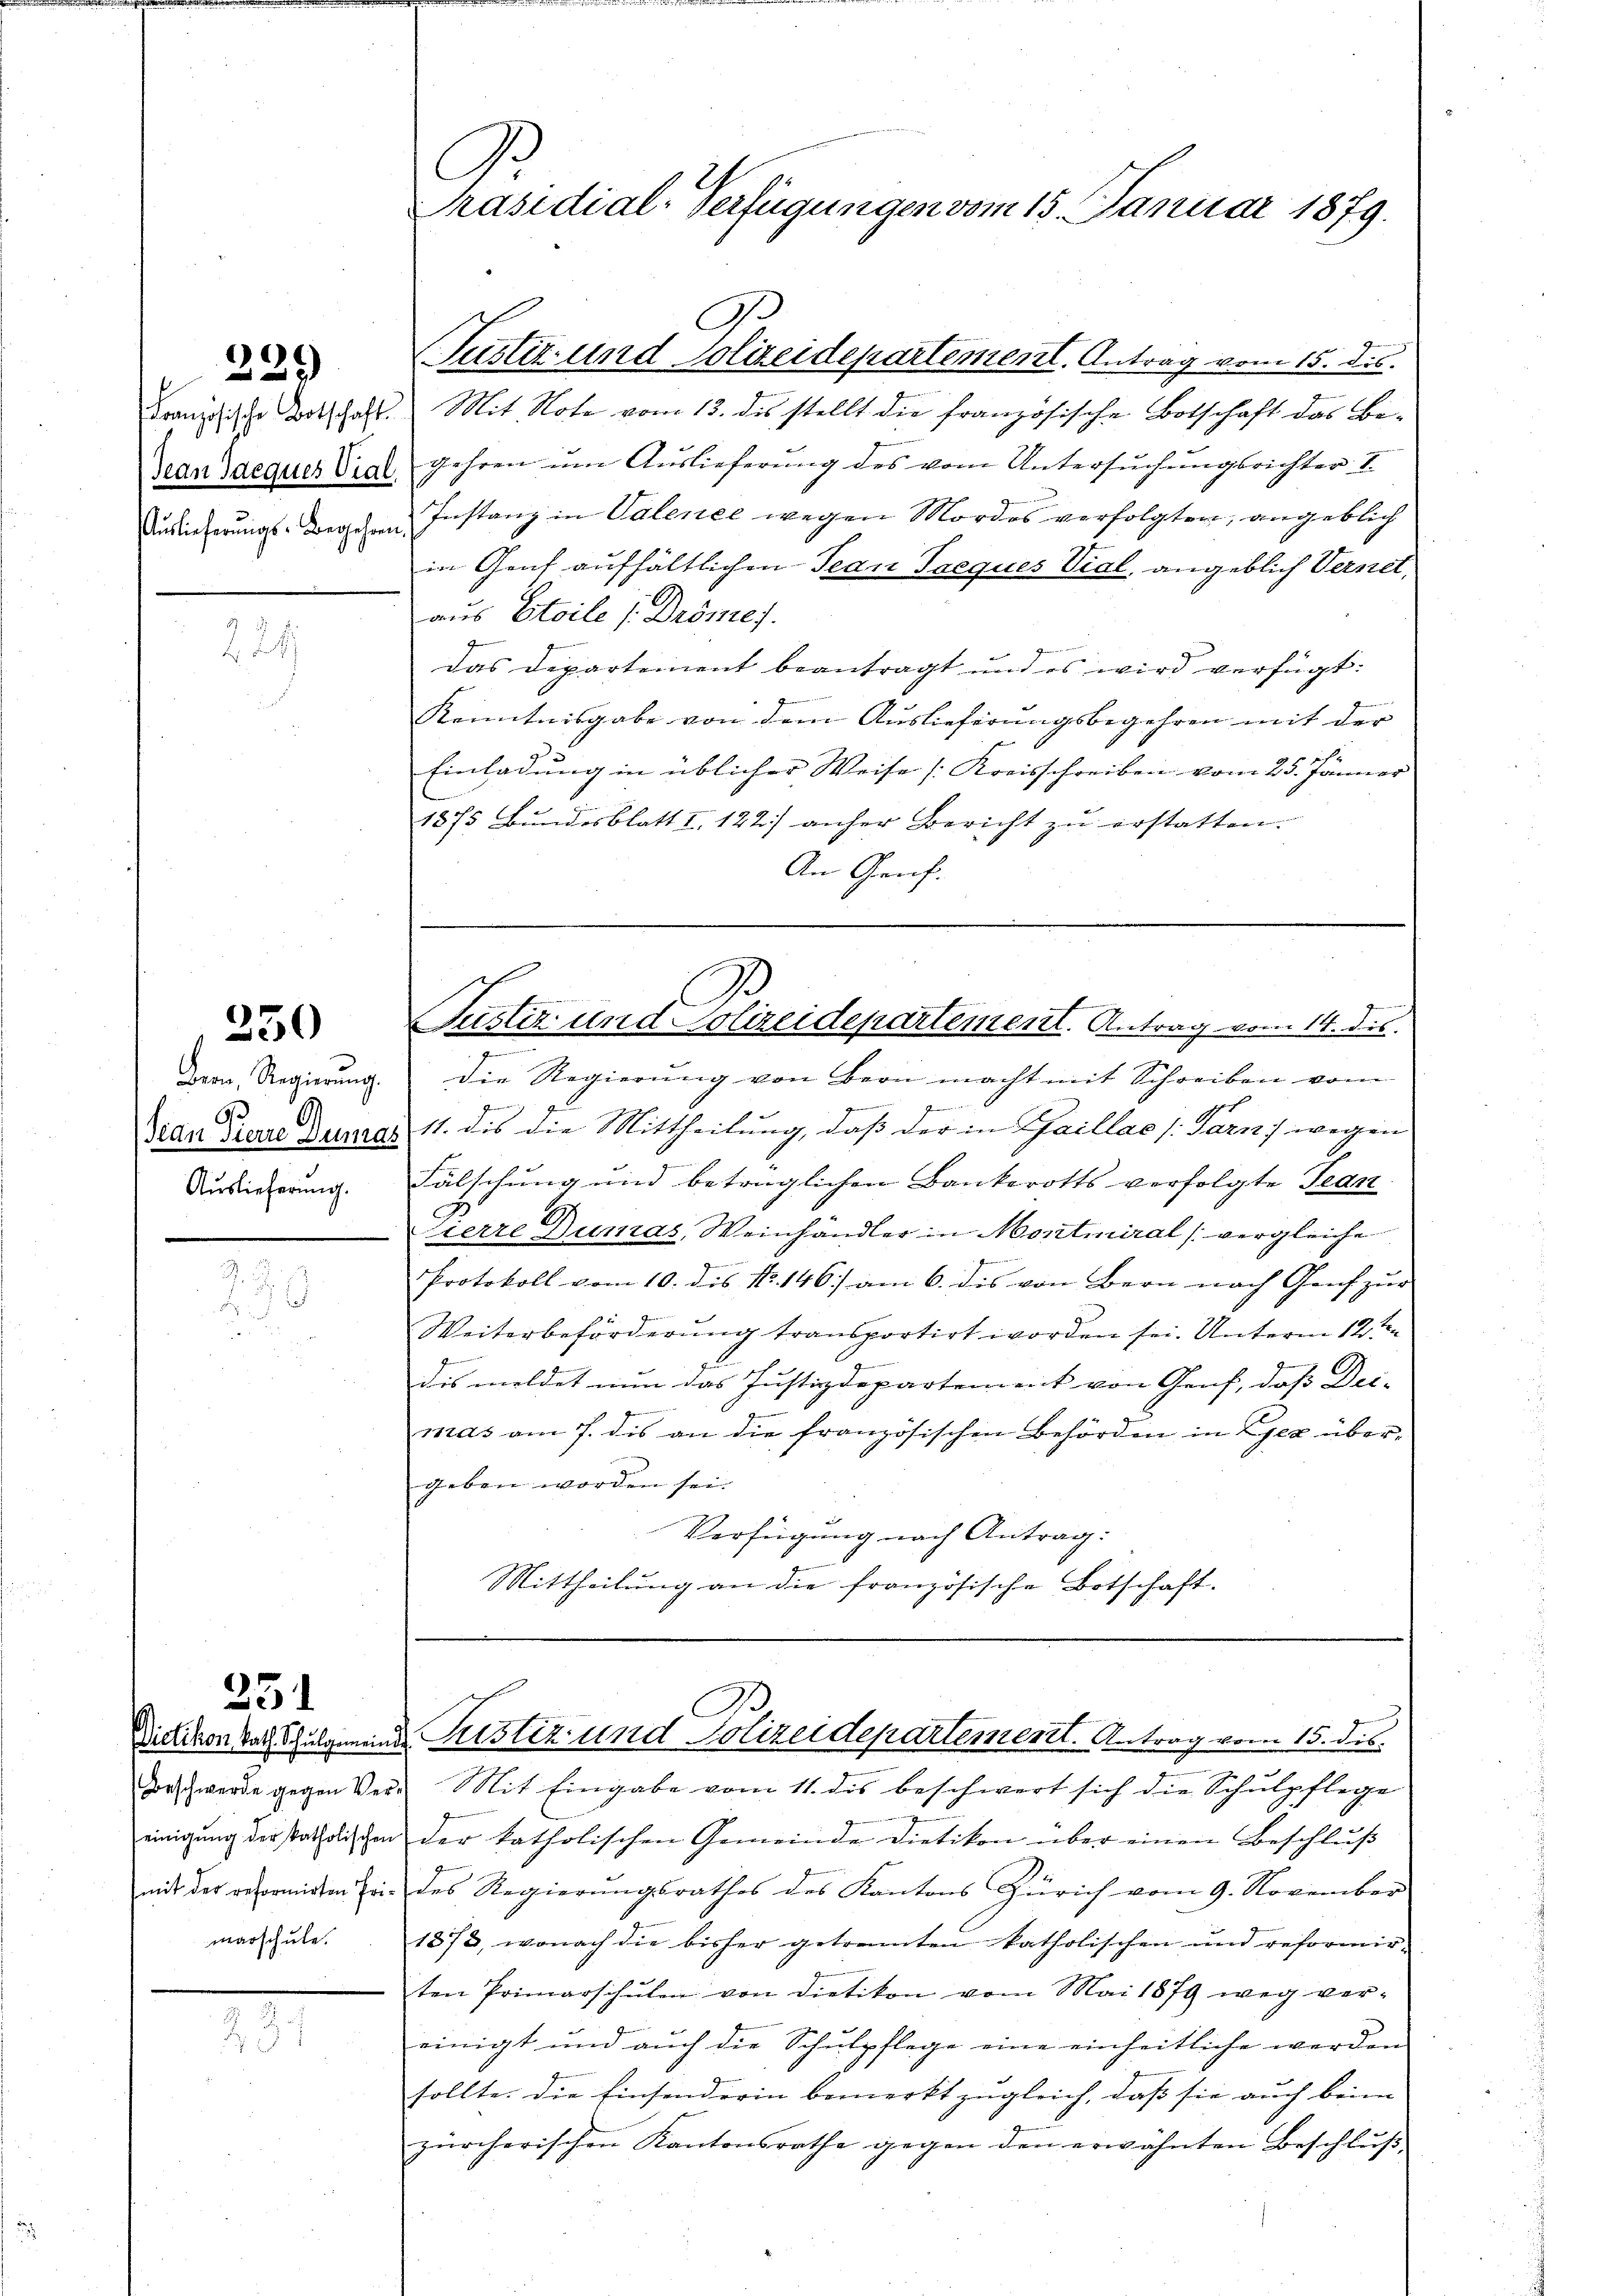
239)

Jean Jacques Vial.
Auslieferungs-Begehren.

250

Beon, Regierung.
6
Han Tierre Sumas
Auslieferung.

251

marschule.

Präsidial-Verfügungen vom 15. Januar 1879.

G
Justiz- und Polizeidepartement. Antrag vom 15. dis.
Französische Botschaft. Mit Note vom 13. des stellt die französische Botschaft das Begehren um Auslieferung des vom Untersuchungsrichter I
Instanz in Valence wegen Mordes verfolgten, angeblich
in Genf aufhältlichen Jean Freques Viel, angeblich Vernet,
aus Etoile (Dröme).
Das Departement beantragt und es wird verfügt:

Kenntnisgabe von dem Auslieferungsbegehren mit der
Einladung in üblicher Weise [Kreisschreiben vom 25. Jänner |
1875 Bŭndesblatt I. 122) anher Bericht zŭ erstatten.
An Gruf.

C
E
Justiz- und Polizeidepartement. Antrag vom 14. dis.

7
die Regierŭng von Bern macht mit Schreiben vom
d
e
s
11. die die Mittheilung, daß der in Gaillas (Parn] wegen
Fälschung und beträglichen Bankerotts verfolgte Tean
sierre Dumas Weinhändler in Montmiral (vergleiche
Protokoll vom 10. des No. 146) am 6. dis von Bern nach Genf zŭr
Weiterbeförderung transportirt worden sei. Unterm 12ten
dis meldet nun das Justizdepartement von Genf, daß Dei- |
mas am 7. dis an die französischen Behörden in Gez übergeben worden sei.
Verfügung nach Antrag:
Mittheilung an die französische Botschaft.

Dietikon nach Schulgemend Pustiz und Polizeidepartement. Antrag vom 15. ds.

Forschwerde gegen Vers. Mit Eingabe vom 11. dis beschwert sich die Schulpflege
einigŭng der katholischen der katholischen Gemeinde Dietikon über einen Beschlŭβ
mit der responiren Er des Regierŭngsrathes des Kantons Zürich vom 9. November
1873, wonach die bisher getrennten katholischen und reformir-
ten Primarschŭlen von Dietikon vom Mai 1879 weg ver-
einigt und auch die Schulpflege eine einheitliche werden
sollte. Die Einsonderin bemerkt zugleich, daß sie auch beim
zürcherischen Kantonsrathe gegen den erwähnten Beschluß,